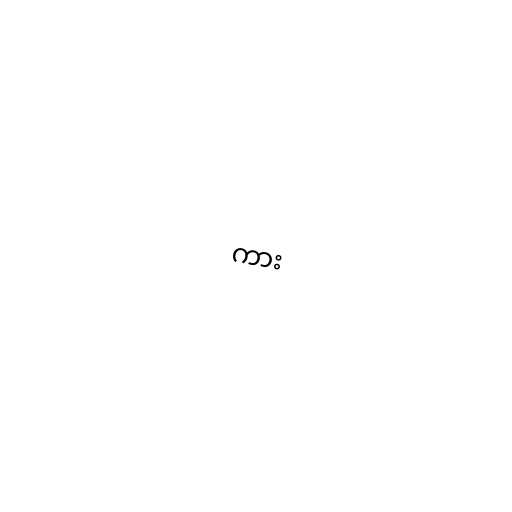
ကား